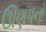
ઊણપનો